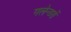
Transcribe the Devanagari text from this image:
गलेन्डरों